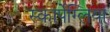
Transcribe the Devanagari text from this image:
स्कार्पेग्लिया